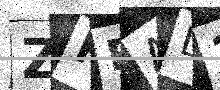
Text: ZHRAL3